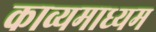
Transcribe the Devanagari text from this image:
काव्यमाध्यम